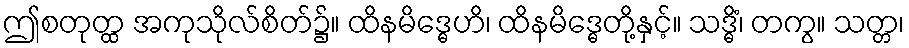
ဤစတုတ္ထ အကုသိုလ်စိတ်၌။ ထိနမိဒ္ဓေဟိ၊ ထိနမိဒ္ဓေတို့နှင့်။ သဒ္ဓိံ၊ တကွ။ သတ္တ၊